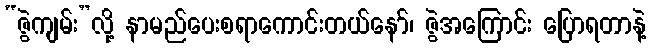
“ဇွဲကျမ်း”လို့ နာမည်ပေးစရာကောင်းတယ်နော်၊ ဇွဲအကြောင်း ပြောရတာနဲ့